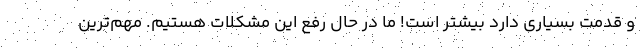
و قدمت بسیاری دارد بیشتر است! ما در حال رفع این مشکلات هستیم. مهم‌ترین